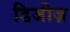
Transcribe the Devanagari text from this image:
डिजीज़